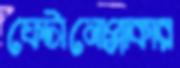
ফেটানোপ্লাকার